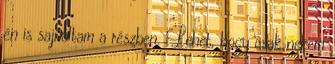
én is sajnáltam a részben. Lehet, hogy csak nekem